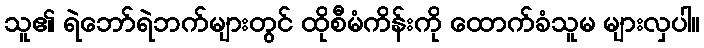
သူ၏ ရဲဘော်ရဲဘက်များတွင် ထိုစီမံကိန်းကို ထောက်ခံသူမ များလှပါ။